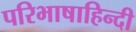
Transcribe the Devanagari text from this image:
परिभाषाहिन्दी